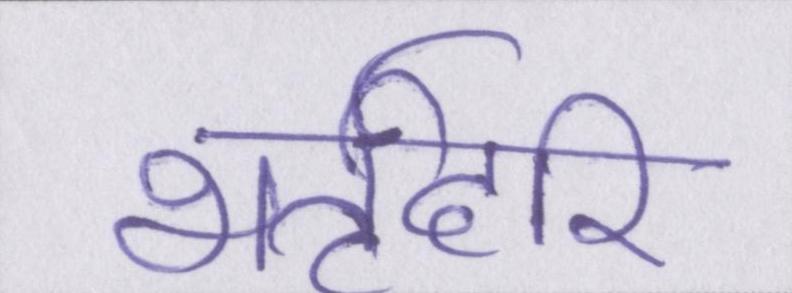
भर्तृहरि